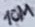
Text: 10M